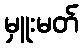
မှူးမတ်